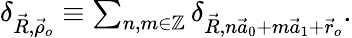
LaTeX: \begin{array}{r}{\delta_{\vec{R},\vec{\rho}_{o}}\equiv\sum_{n,m\in\mathbb{Z}}\delta_{\vec{R},n\vec{a}_{0}+m\vec{a}_{1}+\vec{r}_{o}}.}\end{array}